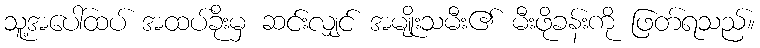
သူ့အပေါ်ထပ် အထပ်ခိုးမှ ဆင်းလျှင် အမျိုးသမီး၏ မီးဖိုခန်းကို ဖြတ်ရသည်။